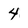
Character: 4